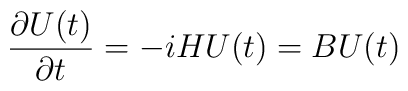
{{\partial U(t)} \over {\partial t}} = -i H U(t) = B U(t)